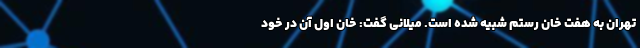
تهران به هفت خان رستم شبیه شده است. میلانی گفت: خان اول آن در خود